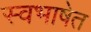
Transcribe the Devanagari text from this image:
स्वभाषेत